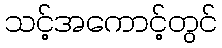
သင့်အကောင့်တွင်